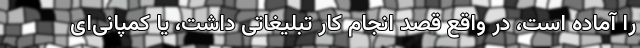
را آماده است، در واقع قصدِ انجامِ کار تبلیغاتی داشت، یا کمپانی‌ای